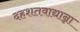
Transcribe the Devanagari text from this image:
दहशतवाद्यान्ना